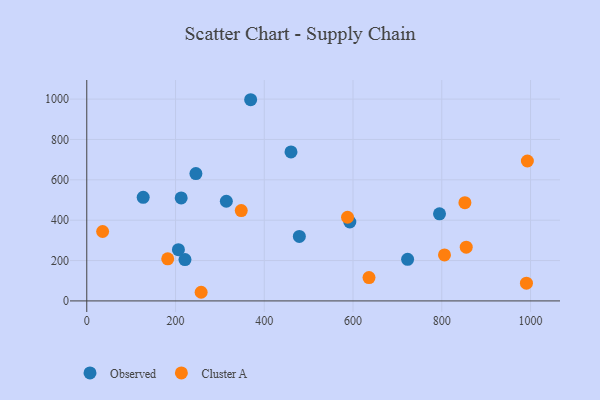
{"axis": {"x": "Distance", "y": "Exam Score"}, "legend": ["Cluster A", "Observed"], "data": [{"x": "221.3", "y": 204.9, "type": "Observed"}, {"x": "460.2", "y": 738.3, "type": "Observed"}, {"x": "592.8", "y": 390.9, "type": "Observed"}, {"x": "206.5", "y": 253.9, "type": "Observed"}, {"x": "127.1", "y": 513.2, "type": "Observed"}, {"x": "212.7", "y": 510.5, "type": "Observed"}, {"x": "479.0", "y": 319.3, "type": "Observed"}, {"x": "314.5", "y": 493.7, "type": "Observed"}, {"x": "369.3", "y": 996.8, "type": "Observed"}, {"x": "723.0", "y": 206.1, "type": "Observed"}, {"x": "794.9", "y": 431.7, "type": "Observed"}, {"x": "245.9", "y": 631.0, "type": "Observed"}, {"x": "852.1", "y": 486.7, "type": "Cluster A"}, {"x": "990.8", "y": 88.0, "type": "Cluster A"}, {"x": "587.6", "y": 414.4, "type": "Cluster A"}, {"x": "182.4", "y": 208.3, "type": "Cluster A"}, {"x": "992.9", "y": 693.1, "type": "Cluster A"}, {"x": "257.7", "y": 42.8, "type": "Cluster A"}, {"x": "35.7", "y": 343.9, "type": "Cluster A"}, {"x": "636.0", "y": 115.7, "type": "Cluster A"}, {"x": "806.1", "y": 228.1, "type": "Cluster A"}, {"x": "855.1", "y": 266.2, "type": "Cluster A"}, {"x": "348.1", "y": 447.5, "type": "Cluster A"}]}